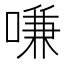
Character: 嗛